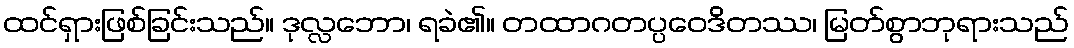
ထင်ရှားဖြစ်ခြင်းသည်။ ဒုလ္လဘော၊ ရခဲ၏။ တထာဂတပ္ပဝေဒိတဿ၊ မြတ်စွာဘုရားသည်